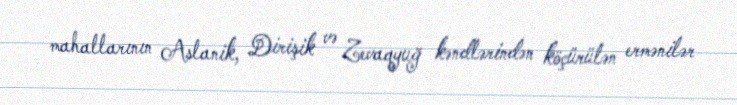
mahallarının Aslanik, Dirişik və Zevaqyuğ kəndlərindən köçürülən ermənilər